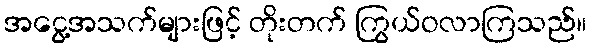
အငွေ့အသက်များဖြင့် တိုးတက် ကြွယ်ဝလာကြသည်။